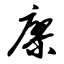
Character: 廖